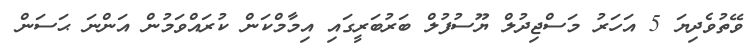
ވޭތުވެދިޔަ 5 އަހަރު މަސްޖިދުލް ޔޫސުފުލް ބަރުބަރީގައި އިމާމްކަން ކުރައްވަމުން އަންނަ ޙަސަން